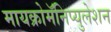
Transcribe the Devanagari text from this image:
मायक्रोमॅनिप्युलेशन